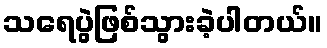
သရေပွဲဖြစ်သွားခဲ့ပါတယ်။